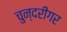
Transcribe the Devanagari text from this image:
चुन्दरीगर